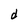
Character: d